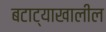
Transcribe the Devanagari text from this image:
बटाट्याखालील